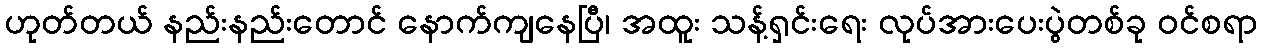
ဟုတ်တယ် နည်းနည်းတောင် နောက်ကျနေပြီ၊ အထူး သန့်ရှင်းရေး လုပ်အားပေးပွဲတစ်ခု ဝင်စရာ